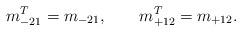
LaTeX: \begin{align*}m_{-21}^T = m_{-21}, \qquad m_{+12}^T = m_{+12}.\end{align*}